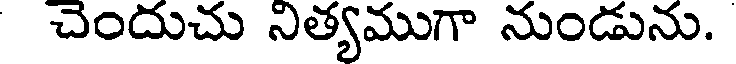
చెందుచు నిత్యముగా నుండును.